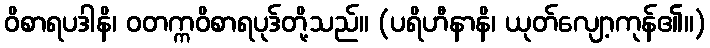
ဝိစာရပဒါနိ၊ ဝတက္ကဝိစာရပုဒ်တို့သည်။ (ပရိဟီနာနိ၊ ယုတ်လျော့ကုန်၏။)